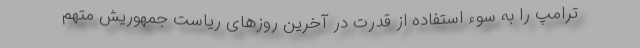
ترامپ را به سوء استفاده از قدرت در آخرین روزهای ریاست جمهوریش متهم